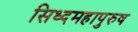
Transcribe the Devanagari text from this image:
सिध्दमहापुरुष